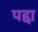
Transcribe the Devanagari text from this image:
पद्दा